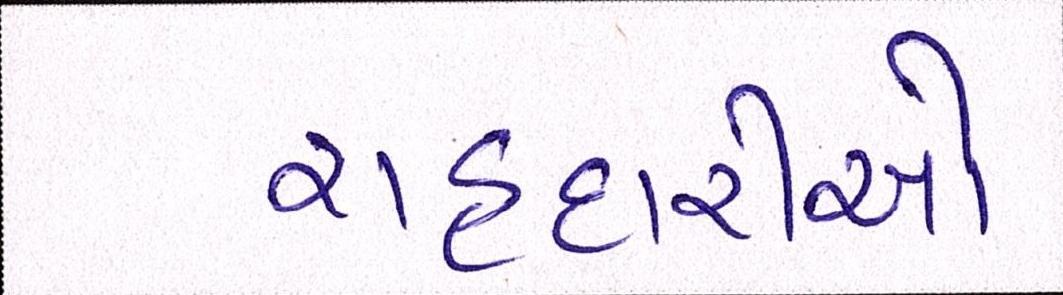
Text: રાહદારીઓ